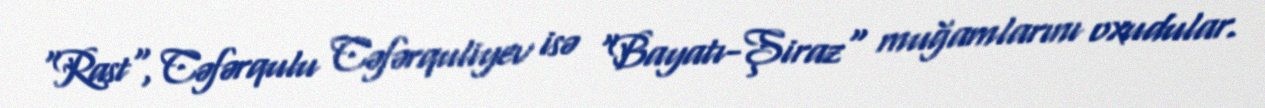
"Rast", Cəfərqulu Cəfərquliyev isə "Bayatı-Şiraz" muğamlarını oxudular.